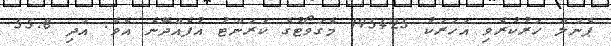
ޕެނަލް ހަރުކުރެވި އަހަރަކު 195425 މެގަވޯޓުގެ ކަރަންޓު އުފެއްދޭނެ އެވެ. އަދި 55.8